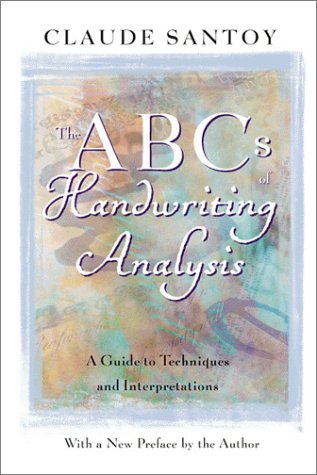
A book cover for The ABC's of Handwriting Analysis: A Guide to Techniques and Interpretations; Claude Santoy; Self-Help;